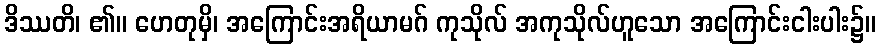
ဒိဿတိ၊ ၏။ ဟေတုမှိ၊ အကြောင်းအရိယာမဂ် ကုသိုလ် အကုသိုလ်ဟူသော အကြောင်းငါးပါး၌။